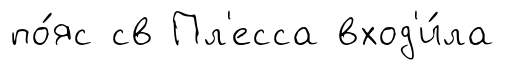
по́яс св Пл'есса вход'и́ла